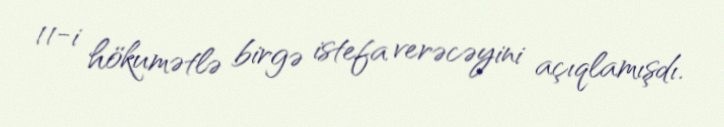
11-i hökumətlə birgə istefa verəcəyini açıqlamışdı.